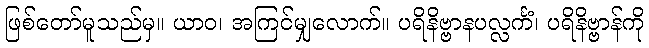
ဖြစ်တော်မူသည်မှ။ ယာဝ၊ အကြင်မျှလောက်။ ပရိနိဗ္ဗာနပလ္လင်္ကံ၊ ပရိနိဗ္ဗာန်ကို